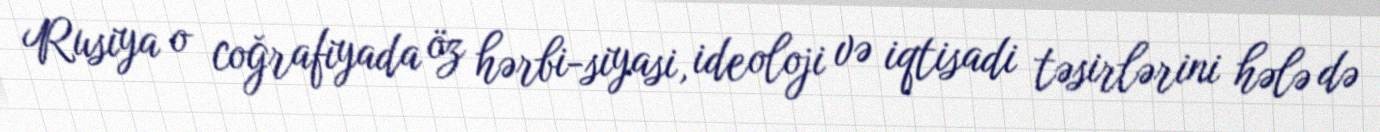
Rusiya o coğrafiyada öz hərbi-siyasi, ideoloji və iqtisadi təsirlərini hələ də